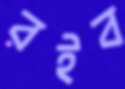
রইব